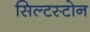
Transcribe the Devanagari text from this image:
सिल्टस्टोन